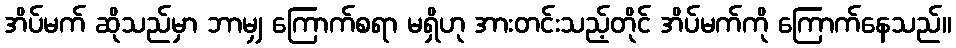
အိပ်မက် ဆိုသည်မှာ ဘာမျှ ကြောက်စရာ မရှိဟု အားတင်းသည့်တိုင် အိပ်မက်ကို ကြောက်နေသည်။